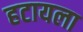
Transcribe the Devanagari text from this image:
हटायला